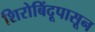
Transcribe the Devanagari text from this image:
शिरोबिंदूपासून